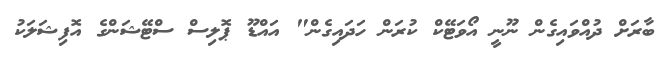
ބާރަށް ދުއްވައިގެން ނޫނީ އޯވަޓޭކް ކުރަން ހަދައިގެން" އައްޑޫ ޕޮލިސް ސްޓޭޝަންގެ އޮފިޝަލަކު